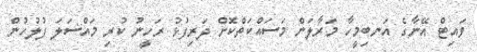
ވައިޓް އޭނާގެ އަނބިމީހާ މަރާލަން މަސައްކަތްކޮށް ދަރިފުޅު ރަހީނު ކުރި މައްސަލަ ފުލުހުން